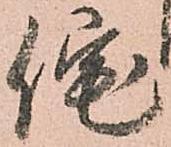
佗